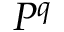
P ^ { q }